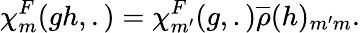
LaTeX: {\chi}_{m}^{F}(gh,.)={\chi}_{m^{\prime}}^{F}(g,.)\overline{{{\rho}}}(h)_{m^{\prime}m}.